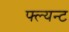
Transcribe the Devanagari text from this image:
फ्ल्यन्ट